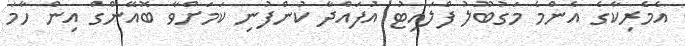
އެމެރިކާގެ އެންމެ މަގުބޫލު ފްލައިޓު އުފައްދާ ކުންފުނި ކަމަށްވާ ބޮއޭންގް އިން ހާމަ